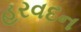
હરવદન